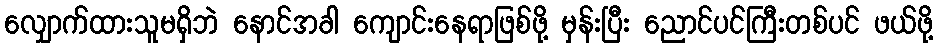
လျှောက်ထားသူမရှိဘဲ နောင်အခါ ကျောင်းနေရာဖြစ်ဖို့ မှန်းပြီး ညောင်ပင်ကြီးတစ်ပင် ဖယ်ဖို့